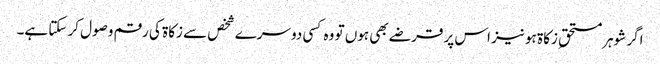
اگر شوہر مستحقِ زکاۃ ہو نیز اس پر قرضے بھی ہوں تو وہ کسی دوسرے شخص سے زکاۃ کی رقم وصول کر سکتا ہے۔